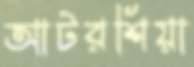
আটরশিয়া